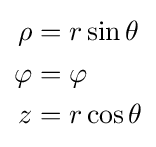
{\begin{aligned}\rho &=r\sin \theta \\\varphi &=\varphi \\z&=r\cos \theta \end{aligned}}